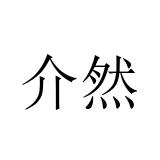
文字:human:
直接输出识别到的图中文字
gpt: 介然